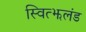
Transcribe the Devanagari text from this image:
स्वित्झलंड